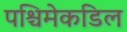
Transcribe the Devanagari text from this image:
पश्चिमेकडिल